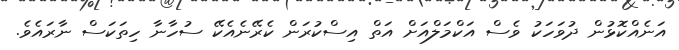
އަނެއްކޮޅުން ދުވަހަކު ވެސް އަކްމަލްއަށް އަތް އިސްކުރަން ކެރޭނެއެކޭ ސުހާނާ ހިތަކަސް ނާރައެވެ.